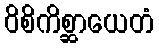
ဝိစိကိစ္ဆာယေတံ